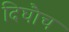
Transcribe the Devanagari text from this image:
दिघौच